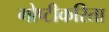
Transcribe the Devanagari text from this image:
गोष्टीकरिता